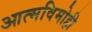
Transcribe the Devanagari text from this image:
आत्मविमोही